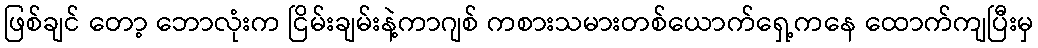
ဖြစ်ချင် တော့ ဘောလုံးက ငြိမ်းချမ်းနဲ့ကာဂျစ် ကစားသမားတစ်ယောက်ရှေ့ကနေ ထောက်ကျပြီးမှ